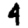
Digit: 4